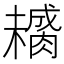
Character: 𱼚